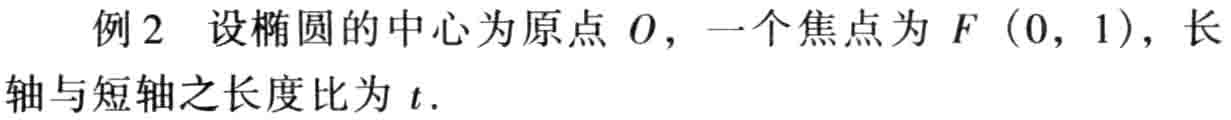
例2 设椭圆的中心为原点\(O\)，一个焦点为\(F(0,1)\)，长轴与短轴之长度比为\(t\).